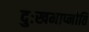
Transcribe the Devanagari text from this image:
दुःखमाप्नोति